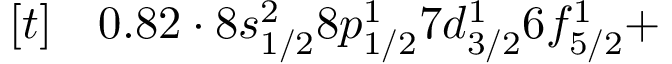
\begin{array} { r l } { [ t ] } & { { } 0 . 8 2 \cdot 8 s _ { 1 / 2 } ^ { 2 } 8 p _ { 1 / 2 } ^ { 1 } 7 d _ { 3 / 2 } ^ { 1 } 6 f _ { 5 / 2 } ^ { 1 } + } \end{array}